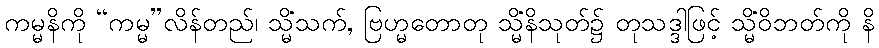
ကမ္မနိကို “ကမ္မ”လိန်တည်၊ သ္မိံသက်, ဗြဟ္မတောတု သ္မိံနိသုတ်၌ တုသဒ္ဒါဖြင့် သ္မိံဝိဘတ်ကို နိ